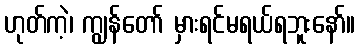
ဟုတ်ကဲ့၊ ကျွန်တော် မှားရင်မရယ်ရဘူးနော်။